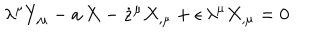
LaTeX: \lambda ^ { \mu } Y _ { , \mu } - a \, X - \dot { z } ^ { \mu } X _ { , \mu } + \epsilon \, \lambda ^ { \mu } X _ { , \mu } = 0